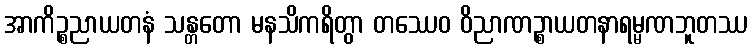
အာကိဉ္စညာယတနံ သန္တတော မနသိကရိတွာ တဿေဝ ဝိညာဏဉ္စာယတနာရမ္မဏဘူတဿ